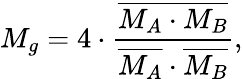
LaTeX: M_{g}=4\cdot\frac{\overline{{M_{A}\cdot M_{B}}}}{\overline{{M_{A}}}\cdot\overline{{M_{B}}}},